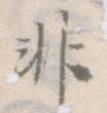
非